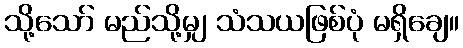
သို့သော် မည်သို့မျှ သံသယဖြစ်ပုံ မရှိချေ။